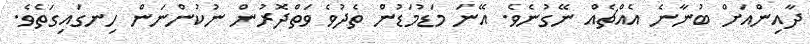
ދާއިންއަށް ބުނާނެ އެއްޗެއް ނޭގުނެވެ. އޭނަ މަޑުމަޑުން ތެދުވެ ވަތްދޮރުން ނުކުންނަން ހިނގައިގަތެވެ.